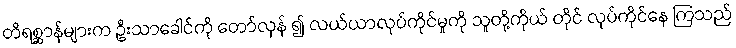
တိရစ္ဆာန်များက ဦးသာခေါင်ကို တော်လှန် ၍ လယ်ယာလုပ်ကိုင်မှုကို သူတို့ကိုယ် တိုင် လုပ်ကိုင်နေ ကြသည်